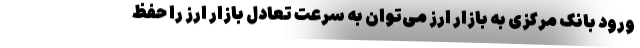
ورود بانک مرکزی به بازار ارز می‌توان به سرعت تعادل بازار ارز را حفظ